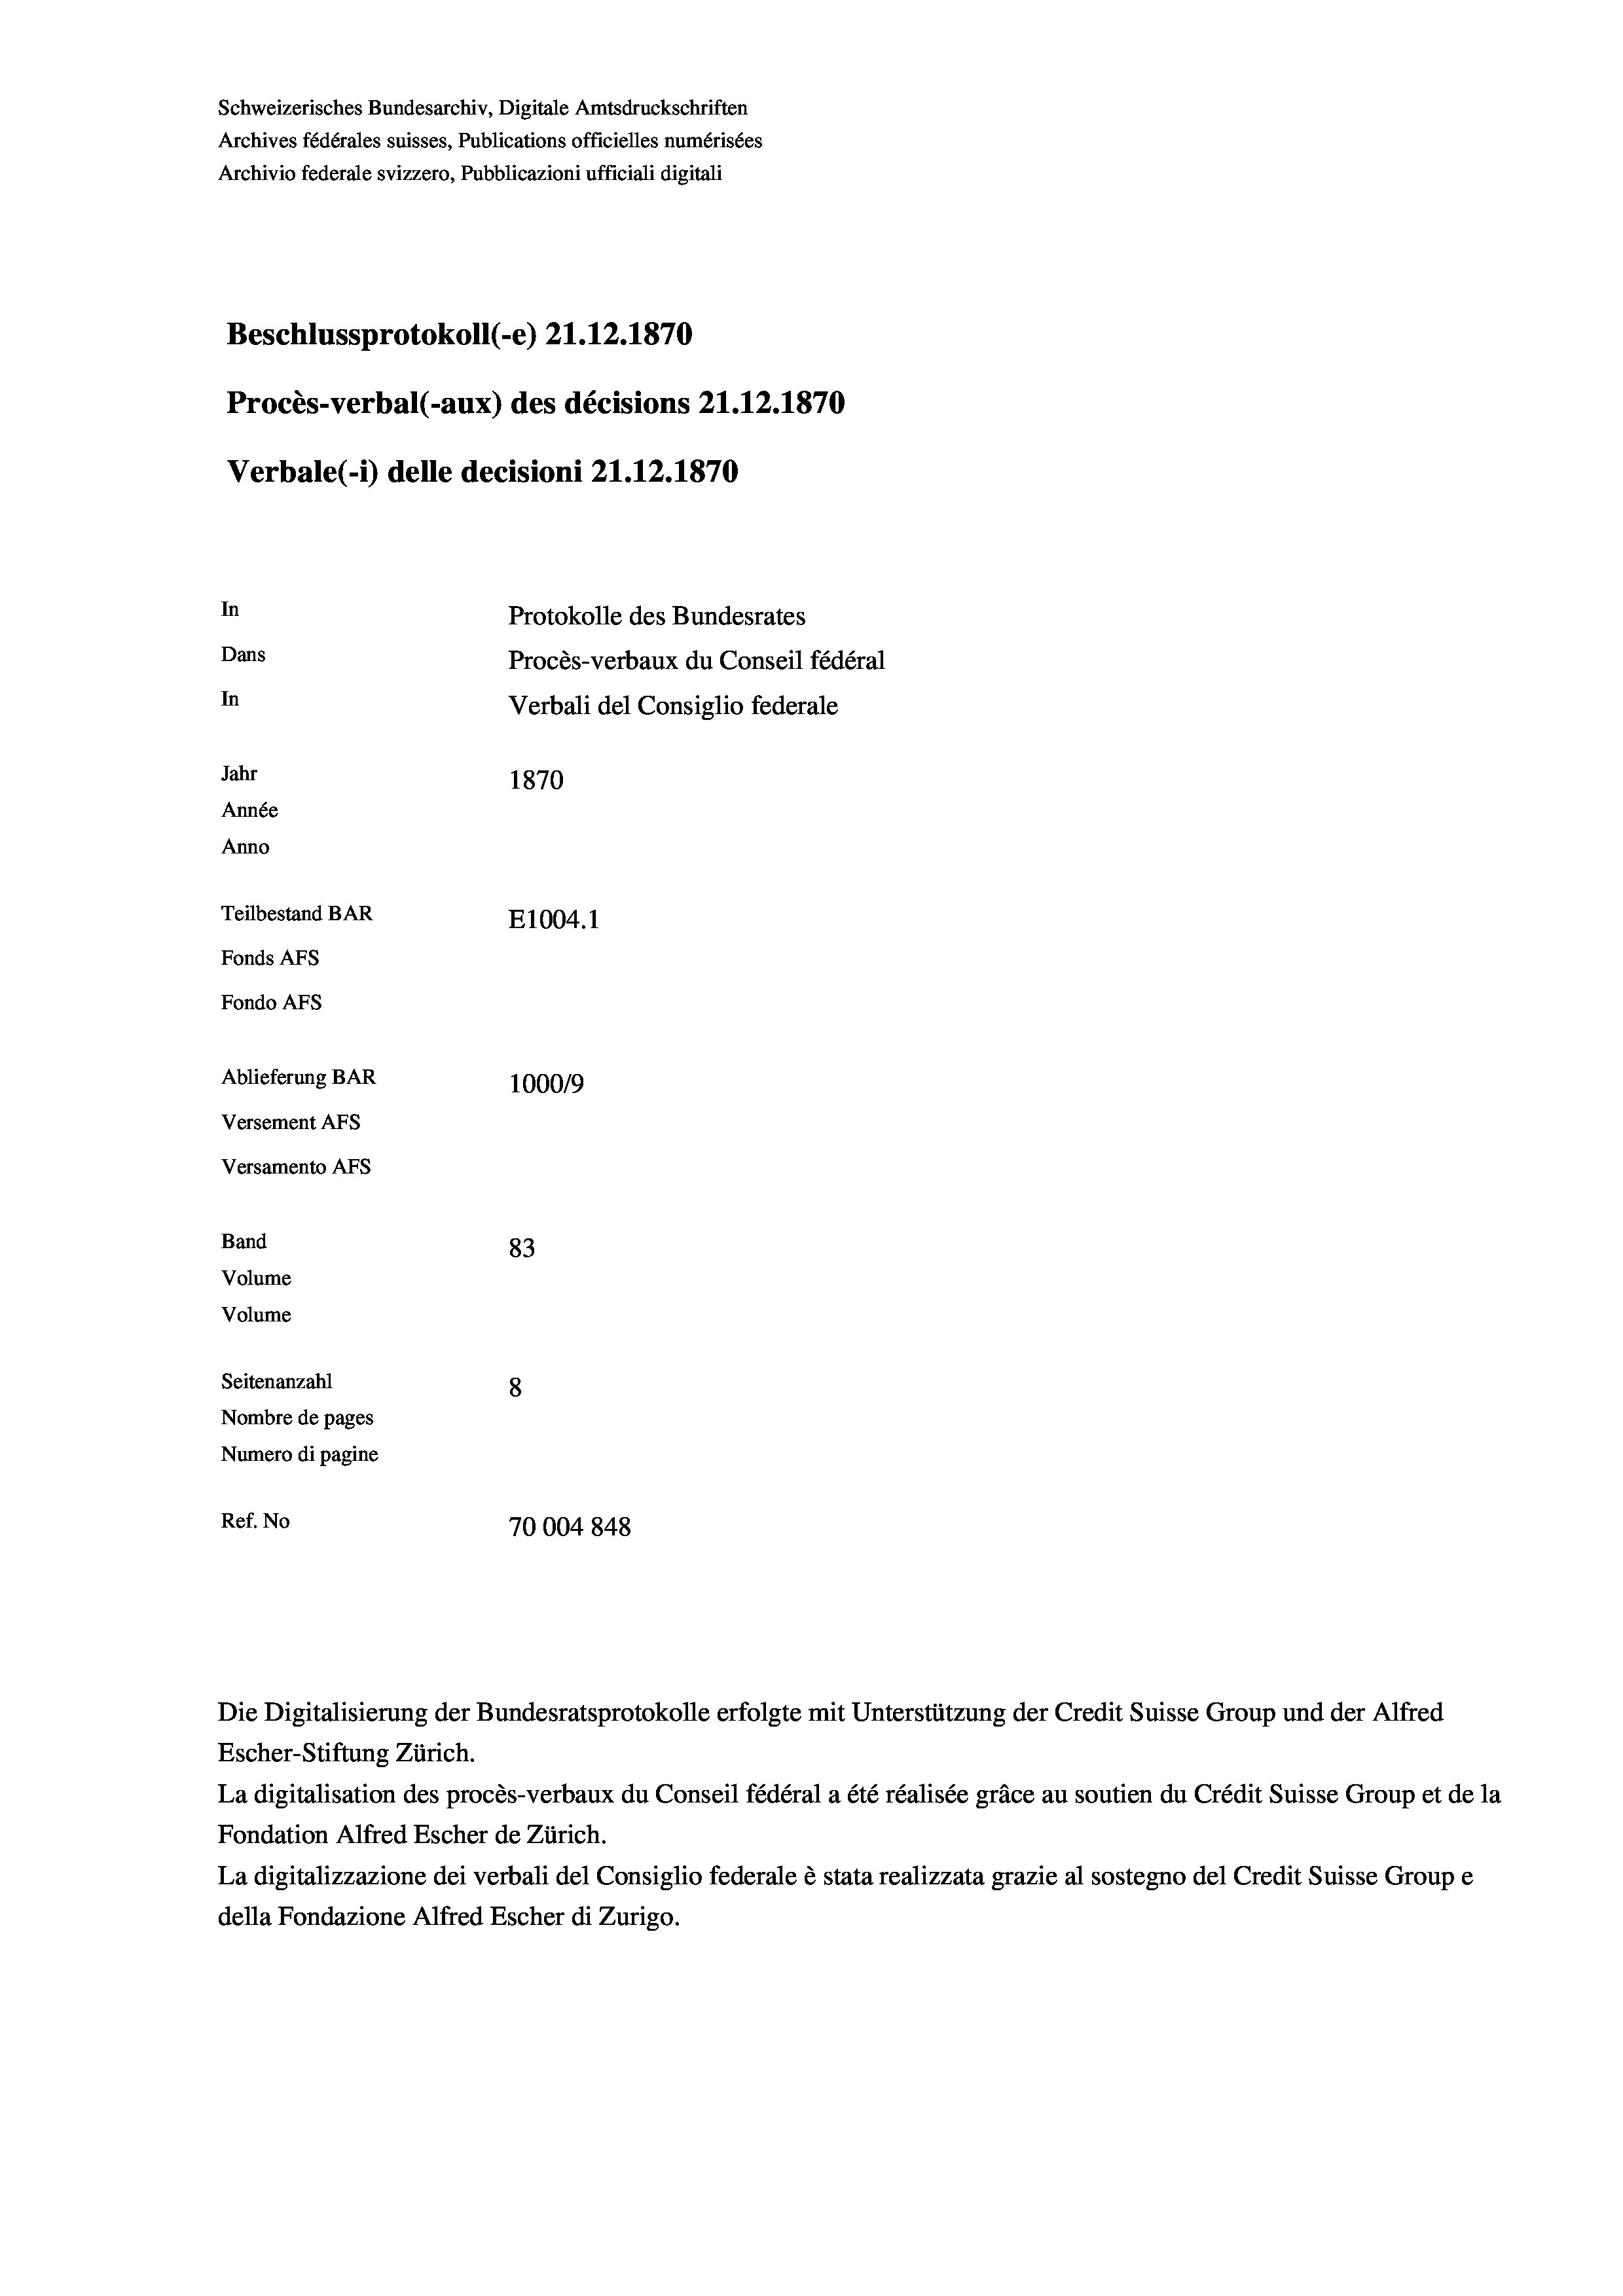
Schweizerisches Bundesarchiv, Digitale Amtsdruckschriften
Archives fédérales suisses, Publications officielles numérisées
Archivio federale svizzero, Pubblicazioni ufficiali digitali
Beschlussprotokoll (-e) Z1.12.1870
Procès-verbal (-aux) des décisions Z1.12.1870
Verbale(-*) delle decisioni 21.12.1870
In
Protokolle des Bundesrates
Dans
Procès-verbaux du Conseil fédéral
In
Verbali del Consiglio federale
Jahr
1870
Année
Anno
Teilbestand BAR
E1004.1
Fonds Afs
Fondo AFs
Ablieferung BAR
100019
Versement Abs
Versamento Afs
Band
83
Volume
Volume
Seitenanzahl
8
Nombre de pages
Numero di pagine
Ref. No
70004 848

Escher-Stiftung Zürich.
La digitalisation des procès-verbaux du Conseil fédéral a été réalisée gräce au soutien du Crédit Suisse Group et de la
Fondation Alfred Escher de Zürich.
La digitalizzazione dei verbali del Consiglio federale è stata realizzata grazie al sostegno del Credit Suisse Groupe
della Fondazione Alfred Escher di Zurigo.

Die Digitalisierung der Bundesratsprotokolle erfolgte mit Unterstützung der Credit Suisse Group und der Alfred